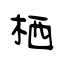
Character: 栖